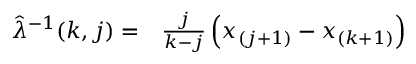
\begin{array} { r l } { \hat { \lambda } ^ { - 1 } ( k , j ) = } & { { } \frac { j } { k - j } \left( x _ { ( j + 1 ) } - { x _ { ( k + 1 ) } } \right) } \end{array}